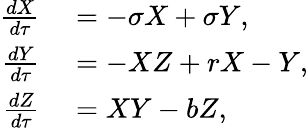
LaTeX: \begin{array}{rl}{\frac{dX}{d\tau}}&{{}=-\sigma X+\sigma Y,}\\ {\frac{dY}{d\tau}}&{{}=-XZ+rX-Y,}\\ {\frac{dZ}{d\tau}}&{{}=XY-bZ,}\end{array}